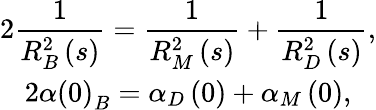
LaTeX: \begin{array}{c}{{\displaystyle 2\frac 1{R_{B}^{2}\left(s\right)}=\frac 1{R_{M}^{2}\left(s\right)}+\frac 1{R_{D}^{2}\left(s\right)},}}\\ {{\displaystyle 2\alpha\left(0\right)_{B}=\alpha_{D}\left(0\right)+\alpha_{M}\left(0\right),}}\end{array}